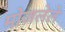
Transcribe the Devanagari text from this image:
मोजलेले